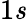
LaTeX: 1\mathit{s}